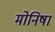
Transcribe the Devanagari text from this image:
मोनिषा